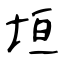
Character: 垣